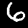
Label: 6